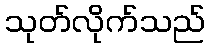
သုတ်လိုက်သည်